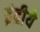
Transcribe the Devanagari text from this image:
इंद्रीये